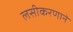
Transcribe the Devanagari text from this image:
लसीकरणाने